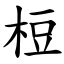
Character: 梪